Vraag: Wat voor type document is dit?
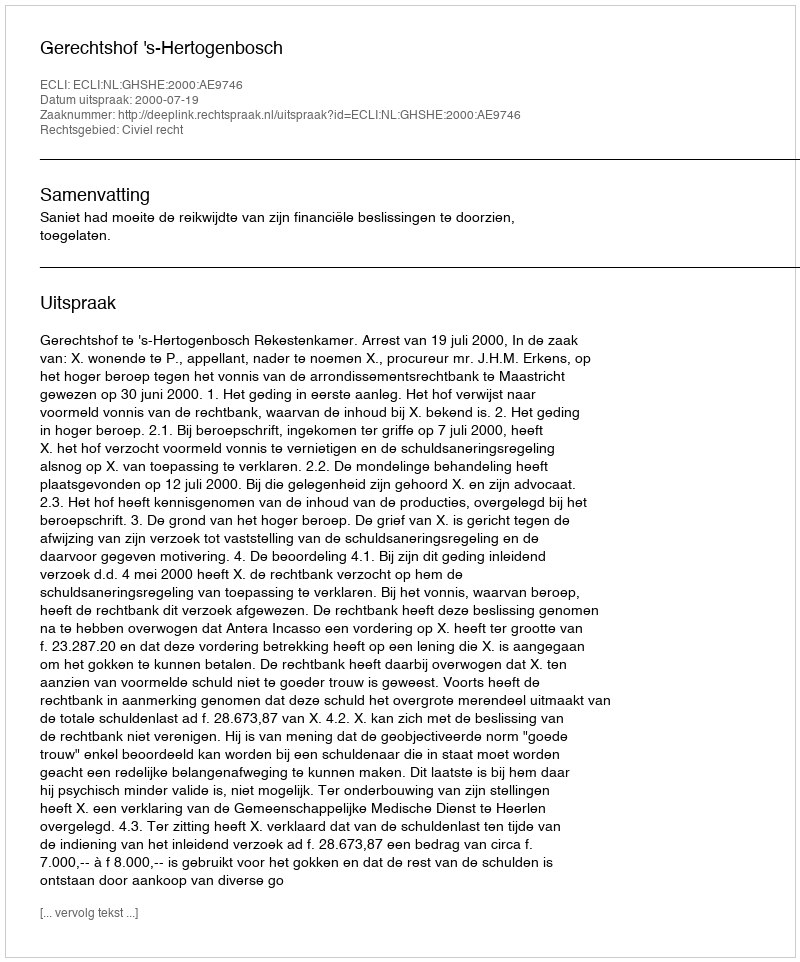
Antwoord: Uitspraak